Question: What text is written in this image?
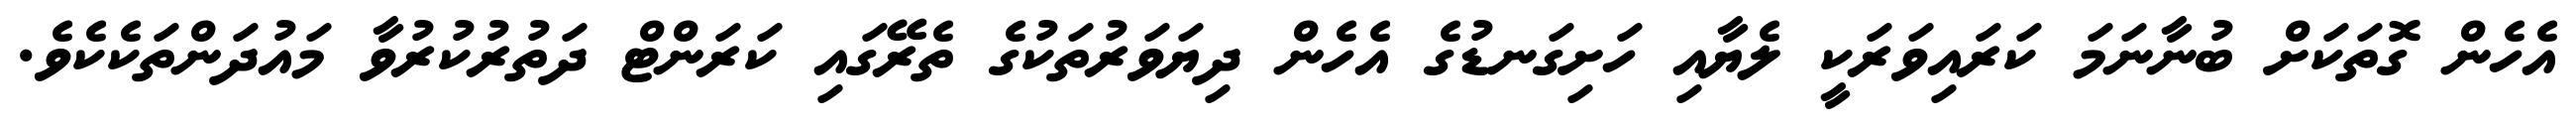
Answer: އެހެން ގޮތަކަށް ބުނާނަމަ ކަރައިވަރަކީ ލެޔާއި ހަށިގަނޑުގެ އެހެން ދިޔަވަރުތަކުގެ ތެރޭގައި ކަރަންޓް ދަތުރުކުރުވާ މައުދަންތަކެކެވެ.